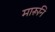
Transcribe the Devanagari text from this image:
मारूनि